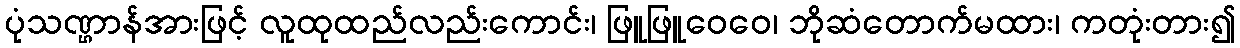
ပုံသဏ္ဌာန်အားဖြင့် လူထုထည်လည်းကောင်း၊ ဖြူဖြူဝေဝေ၊ ဘိုဆံတောက်မထား၊ ကတုံးတား၍